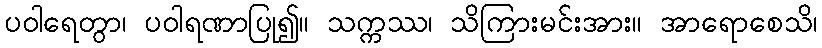
ပဝါရေတွာ၊ ပဝါရဏာပြု၍။ သက္ကဿ၊ သိကြားမင်းအား။ အာရောစေသိ၊